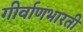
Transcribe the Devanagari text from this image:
गीर्वाणभारती